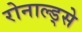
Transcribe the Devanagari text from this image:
रोनाल्ड्से